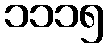
၁၁၁၅